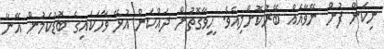
ނިކަން ފުން ނޭވާއެއް ބޭރުކޮށްލިއެވެ. ހީވާގޮތުން ދައްކަން އުޅޭ ވާހަކައިގެ ބޮޑުކަމުން އޭނާ